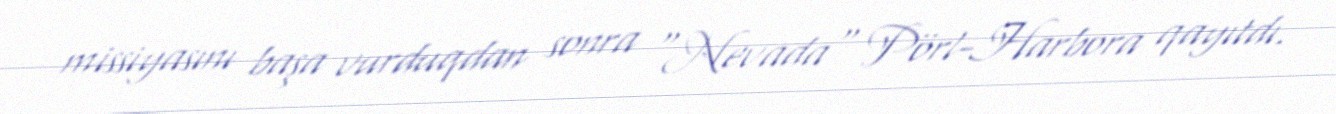
missiyasını başa vurduqdan sonra "Nevada" Pörl-Harbora qayıtdı.